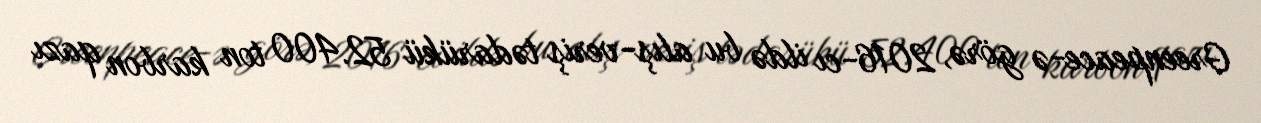
Greenpeace-ə görə, 2016-cı ildə bu alış-veriş tədarükü 52.400 ton karbon qazı